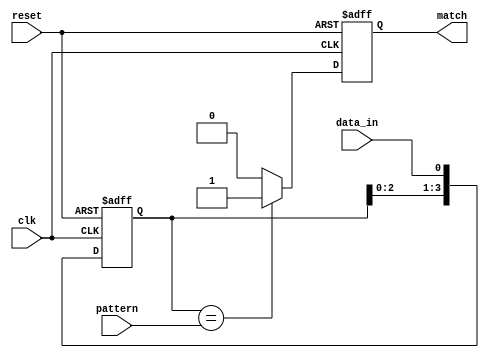
module pattern_detector #(
    parameter PATTERN_LENGTH = 4 // Length of the pattern to be detected
) (
    input wire clk,               // Clock signal
    input wire reset,             // Reset signal
    input wire data_in,           // Input data stream
    input wire [PATTERN_LENGTH-1:0] pattern, // Pattern to detect
    output reg match              // Output signal indicating a match
);

    // Flip-flops to store the input data
    reg [PATTERN_LENGTH-1:0] shift_reg;

    // Sequential logic for the flip-flops
    always @(posedge clk or posedge reset) begin
        if (reset) begin
            shift_reg <= 0;         // Initialize shift register on reset
            match <= 0;             // Clear match signal
        end else begin
            shift_reg <= {shift_reg[PATTERN_LENGTH-2:0], data_in}; // Shift in new data
            // Check for pattern match
            if (shift_reg == pattern) begin
                match <= 1;          // Set match signal if pattern is detected
            end else begin
                match <= 0;          // Clear match signal if no match
            end
        end
    end

endmodule